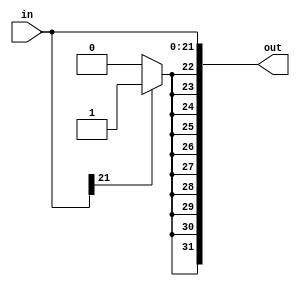
`timescale 1ns / 1ps
//////////////////////////////////////////////////////////////////////////////////
// Company: 
// Engineer: 
// 
// Design Name: 
// Module Name: SignExtend
// Project Name: 
// Target Devices: 
// Tool Versions: 
// Description: 
// 
// Dependencies: 
// 
// Revision:
// Revision 0.01 - File Created
// Additional Comments:
// 
//////////////////////////////////////////////////////////////////////////////////


module SignExtend(in, out);
    input [21:0] in;
    output reg [31:0] out;
    integer i;
    always@ (in) begin
        //copies contents of in into first 22bits of out
        for (i=0; i < 22; i = i + 1) begin
             out[i] = in[i];
        end
        
        if (in[21] == 0) begin //fill 0's
            for (i=22; i < 32; i = i + 1) begin
                out [i] = 0;
            end
        end
        else begin//fill 1's
            for (i=22; i < 32; i = i + 1) begin
                out [i] = 1;
            end
        end
    end
endmodule